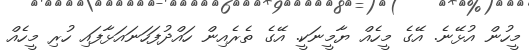
މީހުން އުޅޭނެ. އޭގެ މީހެއް ޔާމީނަކީ. އޭގެ ތެރެއިން ހައްދުފަހަނައަޅާފައި ހުރި މީހެއް